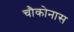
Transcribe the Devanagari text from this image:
चौकोनास